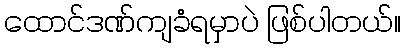
ထောင်ဒဏ်ကျခံရမှာပဲ ဖြစ်ပါတယ်။